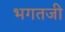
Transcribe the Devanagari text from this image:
भगतजी